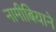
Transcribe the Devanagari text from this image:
नामीबियाने